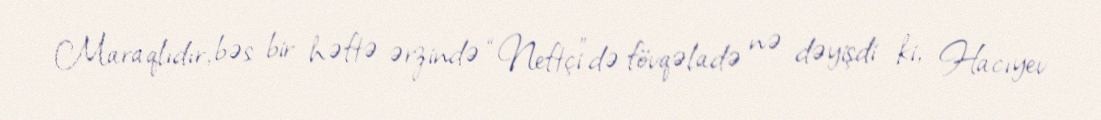
Maraqlıdır, bəs bir həftə ərzində “Neftçi”də fövqəladə nə dəyişdi ki, Hacıyev